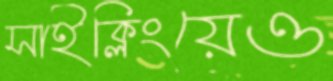
সাইক্লিংয়েও